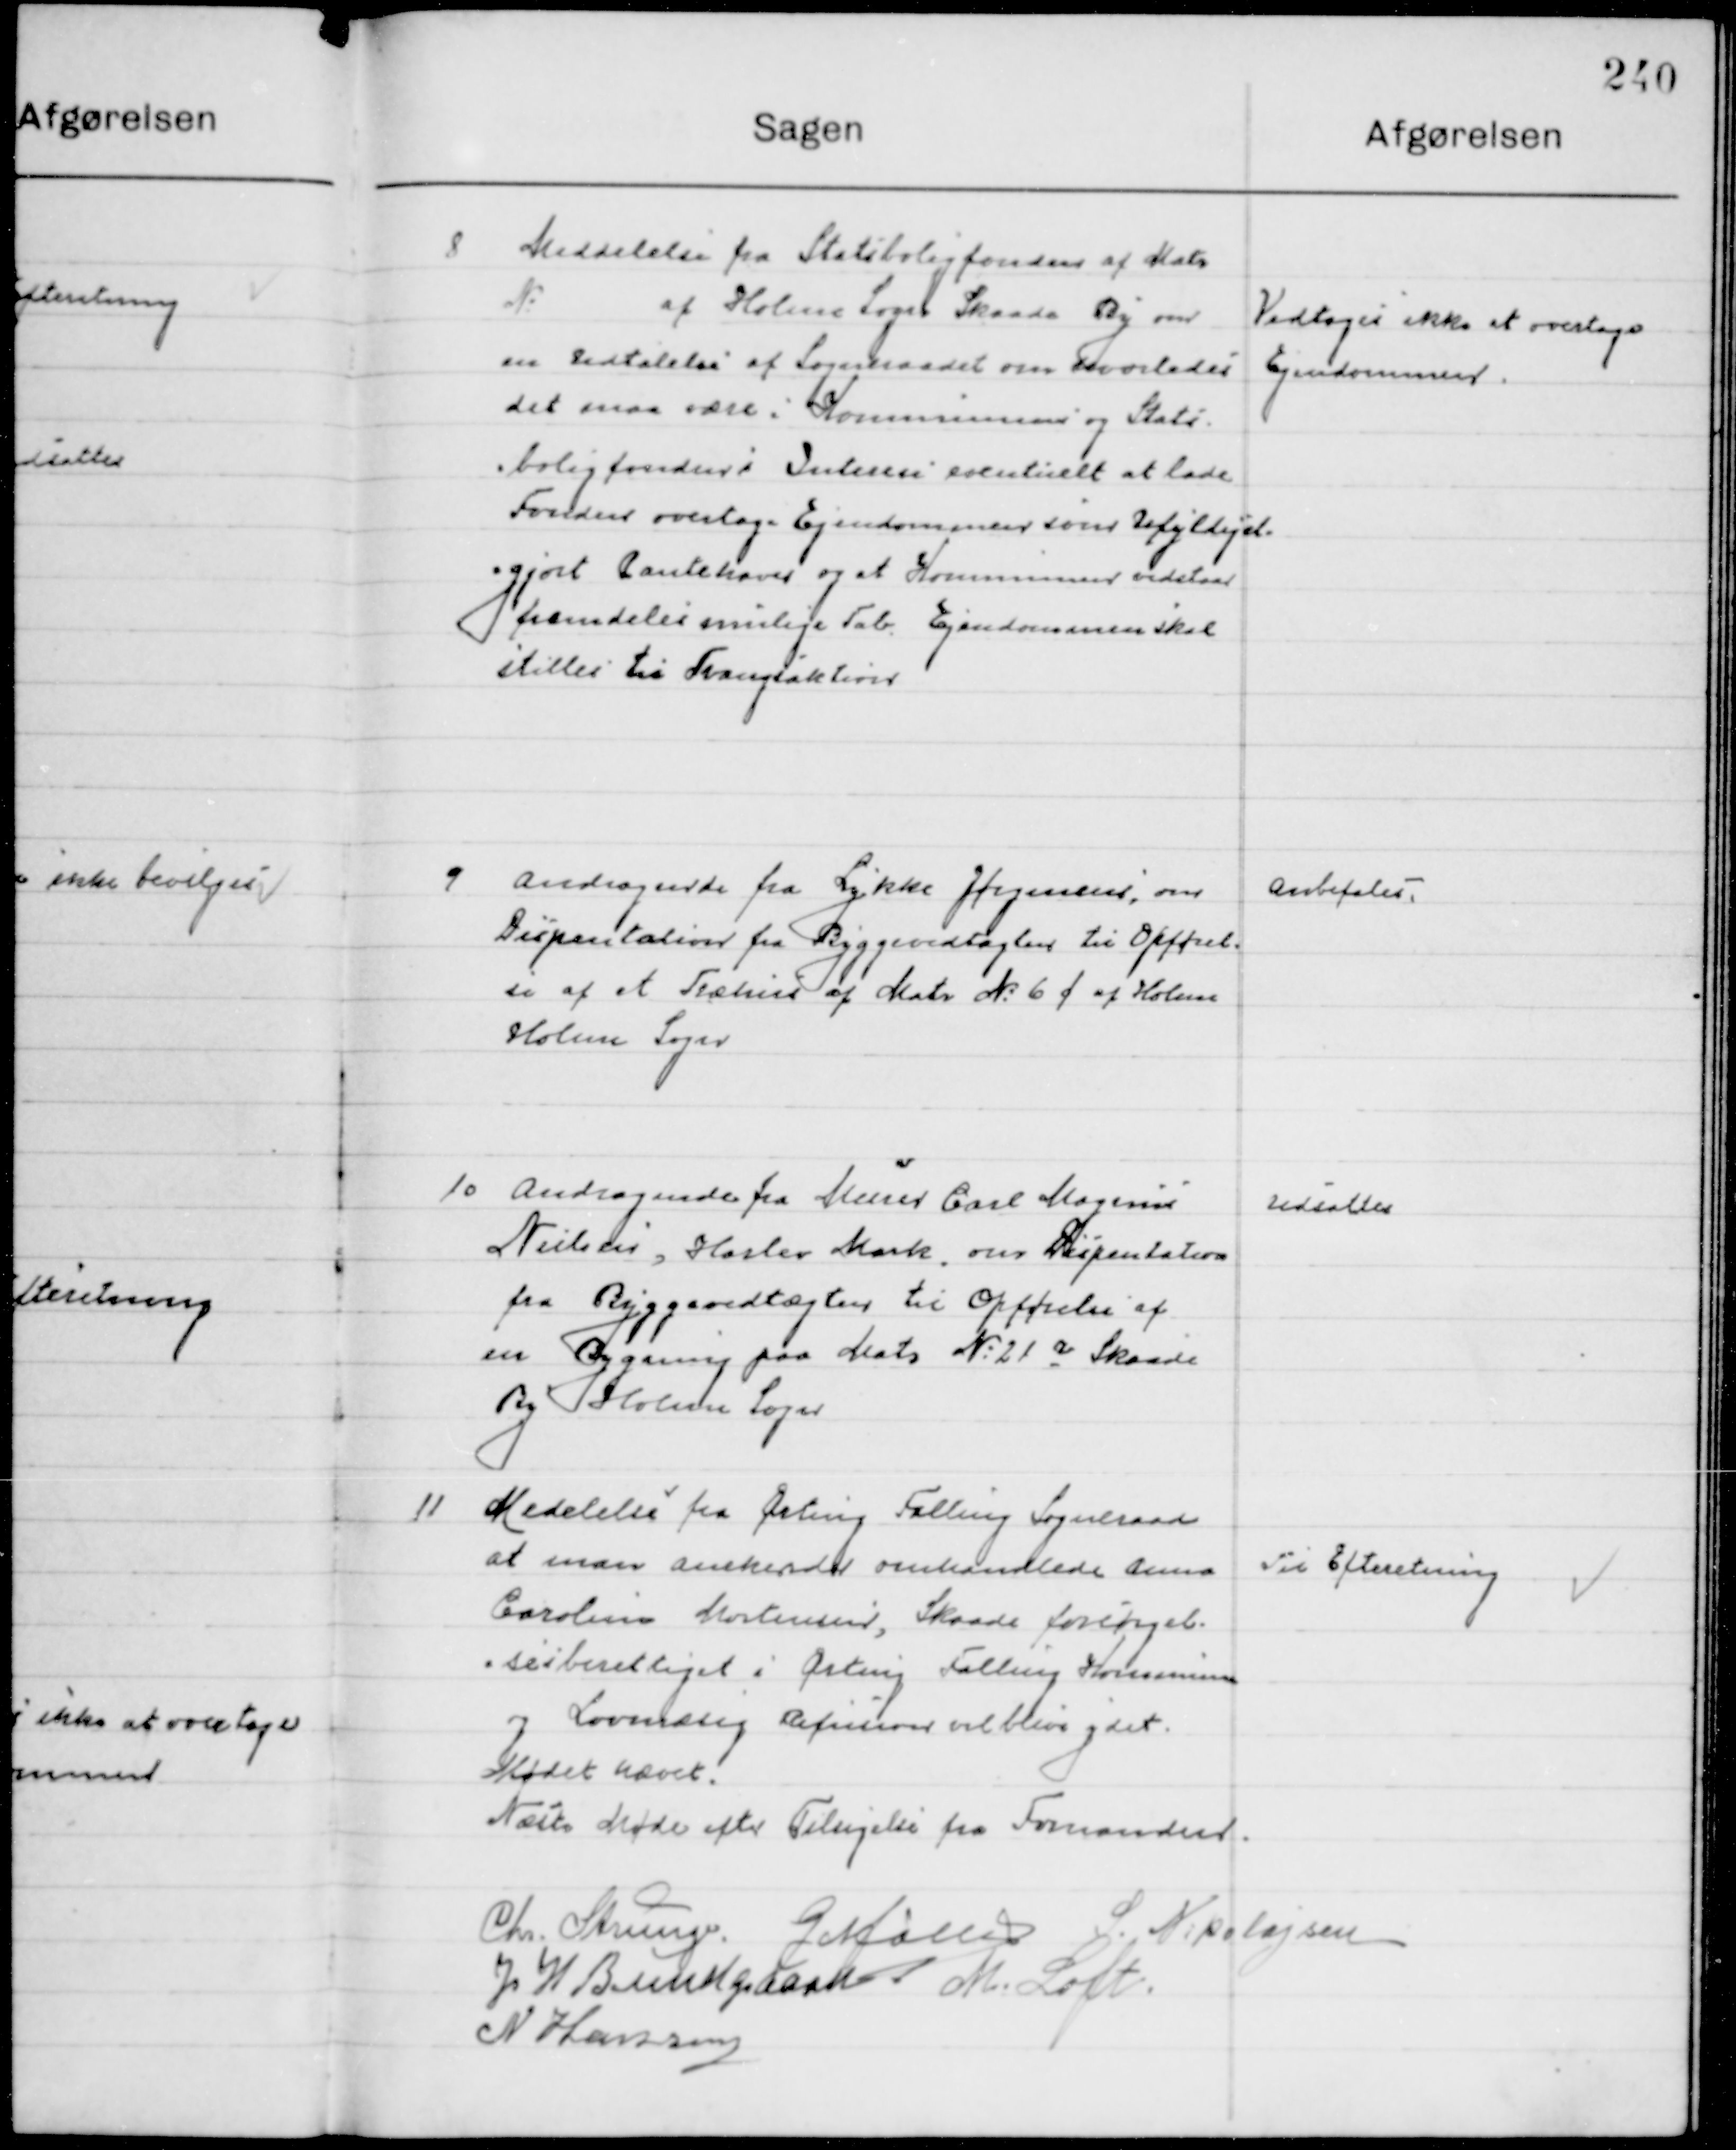
Transskription:
8

Meddelelse fra Statsboligfonden af Matr.
№ af Holme sogn Skaade By om 
en Udtalelse af Sogneraadet om hvorledes
Det maa være i Kommunens og Stats-
boligfonden i Interesse eventuelt at lade
Fonden overtage Ejendommen som Ufyldejst-
gjort Pantehaver og at Kommunen vedstaar
fremdeles mulige Tab. Ejendommen skal
stilles til Tvangsauktion

Vedtoges ikke at overtage 
Ejendommen

9

Andragende fra Lykke Jørgensen., om
Dispensation fra Byggevedtægten til Opførel-
se af et Træhus af Matr. Nr. 6 f af Holme
Holme Sogn.

Anbefales

10

Andragende fra Murer Carl Mogens
Nielsen, Harlev Mark om Dispensation 
fra Byggevedtægten til Opførelse af 
en Bygning paa Matr. Nr. 21 a Skaade
By Holme Sogn.

Udsættes

11

Meddelelse fra Ørting Falling Sogneraad
at man anerkender omhandlende Anna
Caroline Mortensen, Skaade  forsørgel-
sesberettiget i Ørting Falling Kommune 
og lovmæssig Refusion vil blive ydet.

Til Efterretning

Mødet hævet
Næste Møde efter Tilsigelse fra Formanden

Chr. Strunge
G. Møller
S. N. Nikolajsen
J. W. Bundgaard
M. Loft
N. Hansen